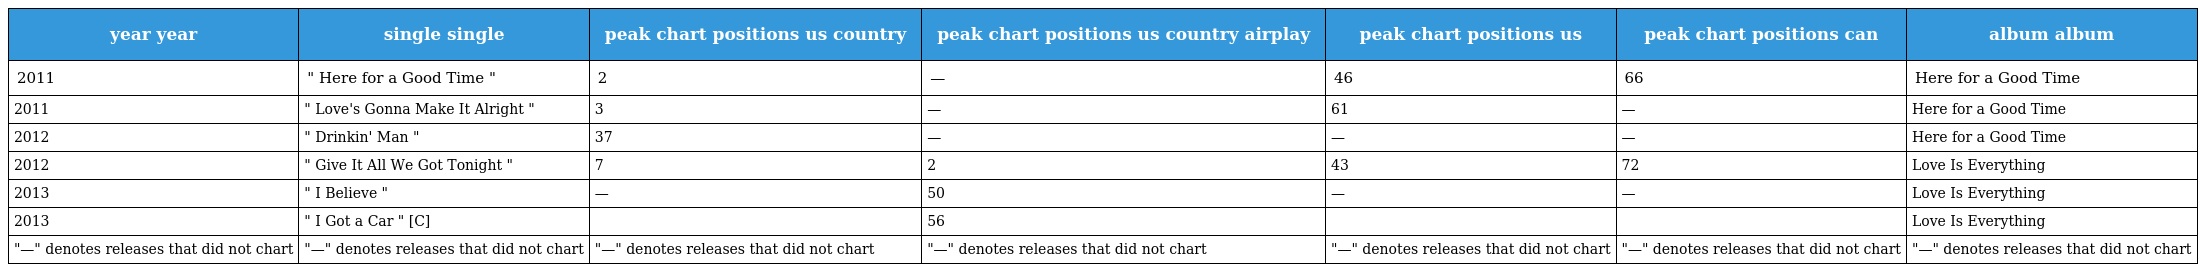
| year year | single single | peak chart positions us country | peak chart positions us country airplay | peak chart positions us | peak chart positions can | album album |
 | --- | --- | --- | --- | --- | --- | --- |
 | 2011 | " Here for a Good Time " | 2 | — | 46 | 66 | Here for a Good Time |
 | 2011 | " Love's Gonna Make It Alright " | 3 | — | 61 | — | Here for a Good Time |
 | 2012 | " Drinkin' Man " | 37 | — | — | — | Here for a Good Time |
 | 2012 | " Give It All We Got Tonight " | 7 | 2 | 43 | 72 | Love Is Everything |
 | 2013 | " I Believe " | — | 50 | — | — | Love Is Everything |
 | 2013 | " I Got a Car " [C] |  | 56 |  |  | Love Is Everything |
 | "—" denotes releases that did not chart | "—" denotes releases that did not chart | "—" denotes releases that did not chart | "—" denotes releases that did not chart | "—" denotes releases that did not chart | "—" denotes releases that did not chart | "—" denotes releases that did not chart |